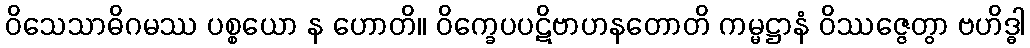
ဝိသေသာဓိဂမဿ ပစ္စယော န ဟောတိ။ ဝိက္ခေပပဋိဗာဟနတောတိ ကမ္မဋ္ဌာနံ ဝိဿဇ္ဇေတွာ ဗဟိဒ္ဓါ